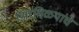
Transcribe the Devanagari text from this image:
झिरमिळ्यांचे